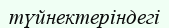
түйнектеріндегі